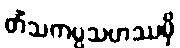
တိံသကပ္ပသဟဿမှိ